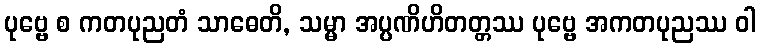
ပုဗ္ဗေ စ ကတပုညတံ သာဓေတိ, သမ္မာ အပ္ပဏိဟိတတ္တဿ ပုဗ္ဗေ အကတပုညဿ ဝါ